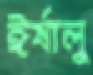
ঈর্ষালু